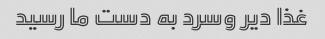
غذا دیر وسرد به دست ما رسید